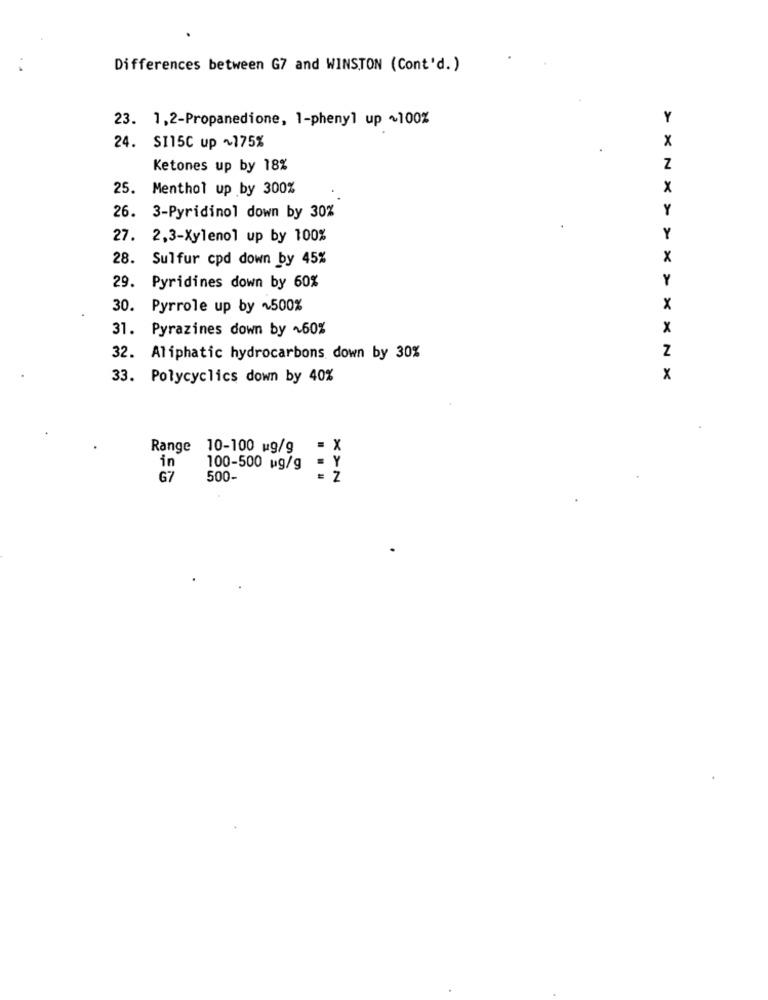
Differences between G7 and WINSTON (Cont'd.)
23. 1,2-Propanedione, 1-phenyl up ~100%
Y
X
24.
SI15C up ~175%
Ketones up by 18%
Z
25. Menthol up by 300%
x
Y
26. 3-Pyridinol down by 30%
27. 2,3-Xylenol up by 100%
Y
28. Sulfur cpd down by 45%
X
Y
29.
Pyridines down by 60%
30. Pyrrole up by ~500%
X
31. Pyrazines down by ~60%
x
Z
32. Aliphatic hydrocarbons down by 30%
33. Polycyclics down by 40%
x
Range 10-100 ug/g
= X
= Y
in
100-500 mg/g
G7
500-